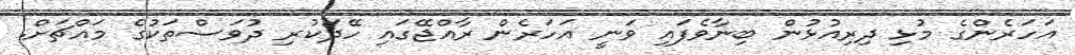
އަހަރެންގެ މުޅި ދިރިއުޅުން ބިނާވެފައި ވަނީ އަހަރެން ރާއްޖޭގައި ހޭދަކުރި ދުވަސްތަކުގެ މައްޗަށް.